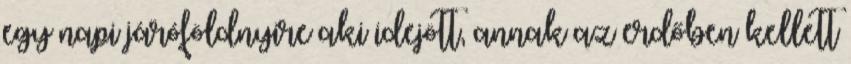
egy napi járóföldnyire aki idejött, annak az erdőben kellett